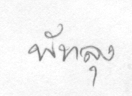
พัทลุง